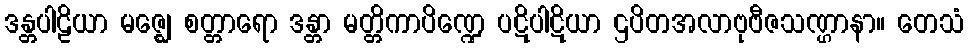
ဒန္တပါဠိယာ မဇ္ဈေ စတ္တာရော ဒန္တာ မတ္တိကာပိဏ္ဍေ ပဋိပါဋိယာ ဌပိတအလာဗုဗီဇသဏ္ဌာနာ။ တေသံ